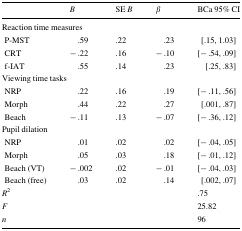
<table><thead><tr><td></td><td><b><i>B</i></b></td><td><b>SE <i>B</i></b></td><td><b><i>β</i></b></td><td><b>BCa 95% CI</b></td></tr></thead><tbody><tr><td colspan="5">Reaction time measures</td></tr><tr><td> P-MST</td><td>.59</td><td>.22</td><td>.23</td><td>[.15, 1.03]</td></tr><tr><td> CRT</td><td>− .22</td><td>.16</td><td>− .10</td><td>[− .54, .09]</td></tr><tr><td> f-IAT</td><td>.55</td><td>.14</td><td>.23</td><td>[.25, .83]</td></tr><tr><td colspan="5">Viewing time tasks</td></tr><tr><td> NRP</td><td>.22</td><td>.16</td><td>.19</td><td>[− .11, .56]</td></tr><tr><td> Morph</td><td>.44</td><td>.22</td><td>.27</td><td>[.001, .87]</td></tr><tr><td> Beach</td><td>− .11</td><td>.13</td><td>− .07</td><td>[− .36, .12]</td></tr><tr><td colspan="5">Pupil dilation</td></tr><tr><td> NRP</td><td>.01</td><td>.02</td><td>.02</td><td>[− .04, .05]</td></tr><tr><td> Morph</td><td>.05</td><td>.03</td><td>.18</td><td>[− .01, .12]</td></tr><tr><td> Beach (VT)</td><td>− .002</td><td>.02</td><td>− .01</td><td>[− .04, .03]</td></tr><tr><td> Beach (free)</td><td>.03</td><td>.02</td><td>.14</td><td>[.002, .07]</td></tr><tr><td><i>R</i><sup>2</sup></td><td></td><td></td><td></td><td>.75</td></tr><tr><td><i>F</i></td><td></td><td></td><td></td><td>25.82</td></tr><tr><td><i>n</i></td><td></td><td></td><td></td><td>96</td></tr></tbody></table>